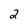
Character: 2